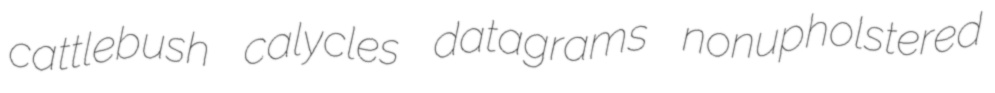
cattlebush calycles datagrams nonupholstered